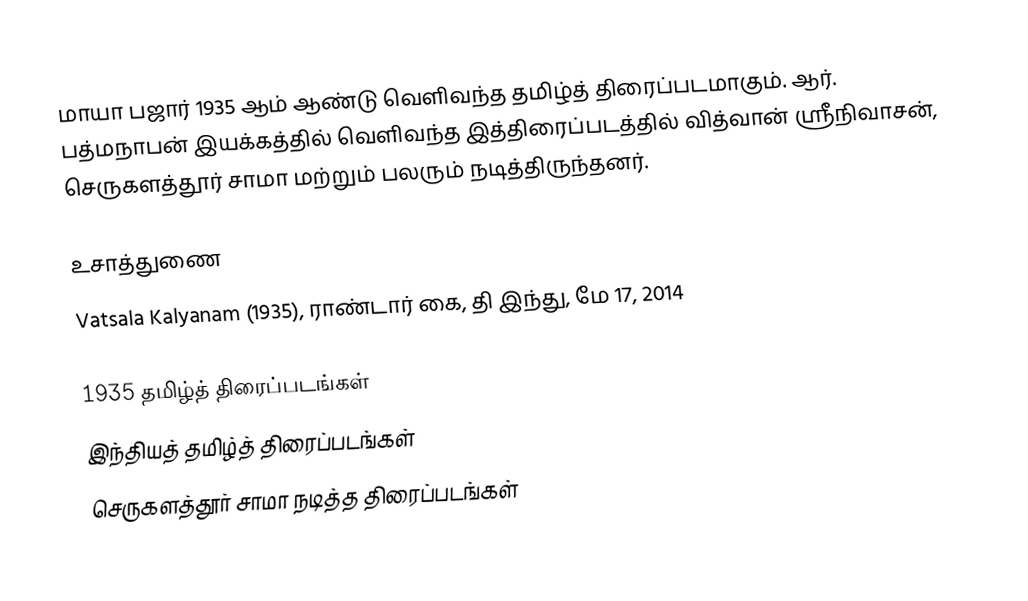
மாயா பஜார் 1935 ஆம் ஆண்டு வெளிவந்த தமிழ்த் திரைப்படமாகும். ஆர். பத்மநாபன் இயக்கத்தில் வெளிவந்த இத்திரைப்படத்தில் வித்வான் ஸ்ரீநிவாசன், செருகளத்தூர் சாமா மற்றும் பலரும் நடித்திருந்தனர்.

உசாத்துணை
 Vatsala Kalyanam (1935), ராண்டார் கை, தி இந்து, மே 17, 2014

1935 தமிழ்த் திரைப்படங்கள்
இந்தியத் தமிழ்த் திரைப்படங்கள்
செருகளத்தூர் சாமா நடித்த திரைப்படங்கள்